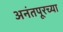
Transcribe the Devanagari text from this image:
अनंतपूरच्या